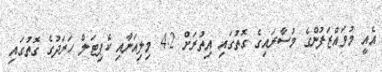
އެއީ މުވައްޒަފުންގެ މުސާރައިގެ ގޮތުގައި އިތުރަށް 4.2 މިލިއަނާއި ކެޕިޓަލް ހަރަދުގެ ގޮތުގައި